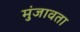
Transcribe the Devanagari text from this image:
मुंजावता